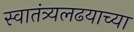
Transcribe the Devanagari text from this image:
स्वातंत्र्यलढयाच्या